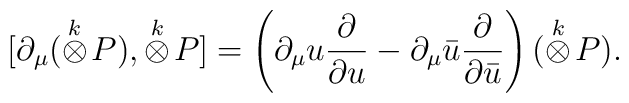
[\partial_{\mu}(\stackrel{k}{\otimes} \! P),\stackrel{k}{\otimes} \! P]=\left( \partial_{\mu}u\frac{\partial}{\partial u} -\partial_{\mu}\bar{u}\frac{\partial}{\partial \bar{u}} \right) (\stackrel{k}{\otimes} \! P).